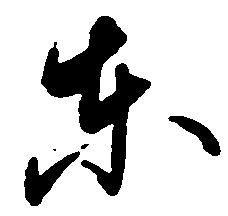
東